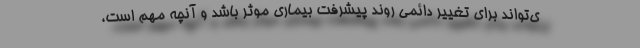
ی‌تواند برای تغییر دائمی روند پیشرفت بیماری موثر باشد و آنچه مهم است،